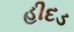
હીદડ